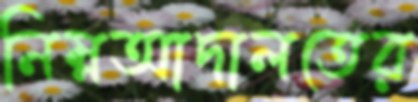
নিম্নআদালতের